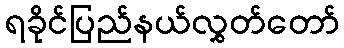
ရခိုင်ပြည်နယ်လွှတ်တော်